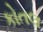
કોતલ